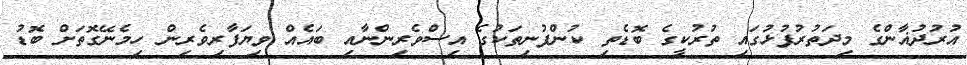
އުރުދުޣާންގެ މިދަތުރުފުޅުގައި ތުރުކީގެ ބޮޑެތި ކުންފުނިތަކުގެ އިސްވެރިންނާއި ބައެއް ވިޔަފާރިވެރިން ހިމެނޭގޮތަށް ބޮޑު